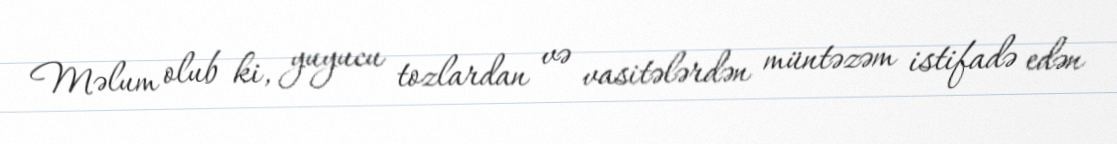
Məlum olub ki, yuyucu tozlardan və vasitələrdən müntəzəm istifadə edən